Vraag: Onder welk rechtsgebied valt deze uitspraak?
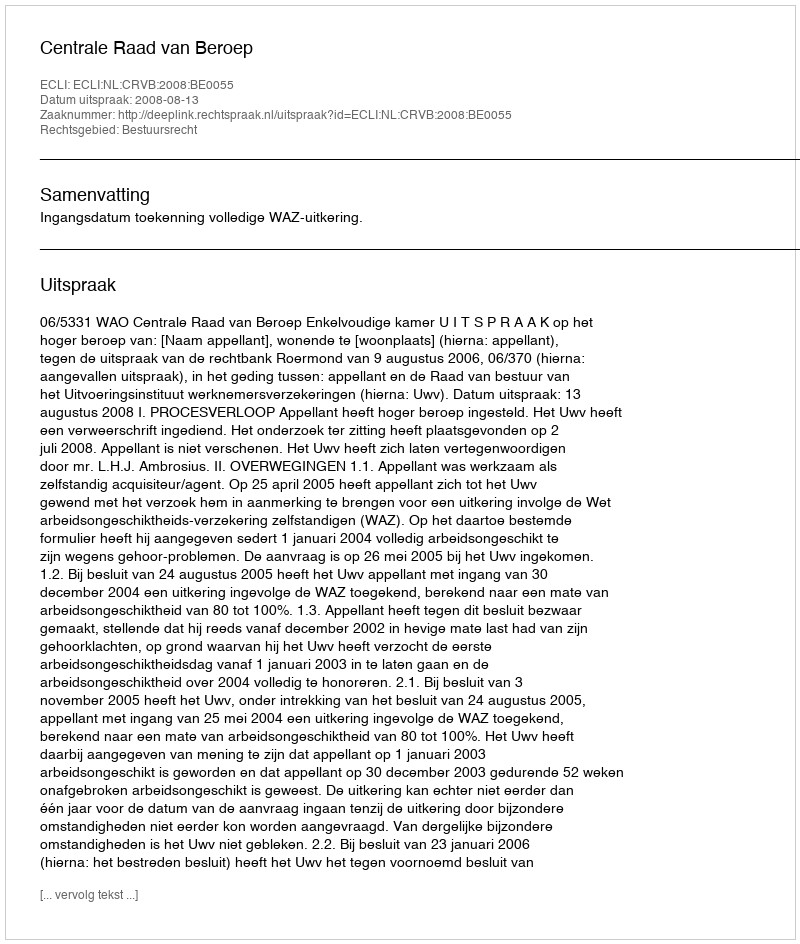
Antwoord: Bestuursrecht